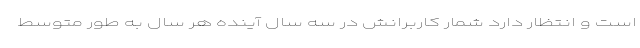
است و انتظار دارد شمار کاربرانش در سه سال آینده هر سال به طور متوسط